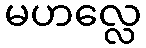
မဟလ္လေ